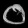
Digit: ၀